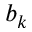
b _ { k }